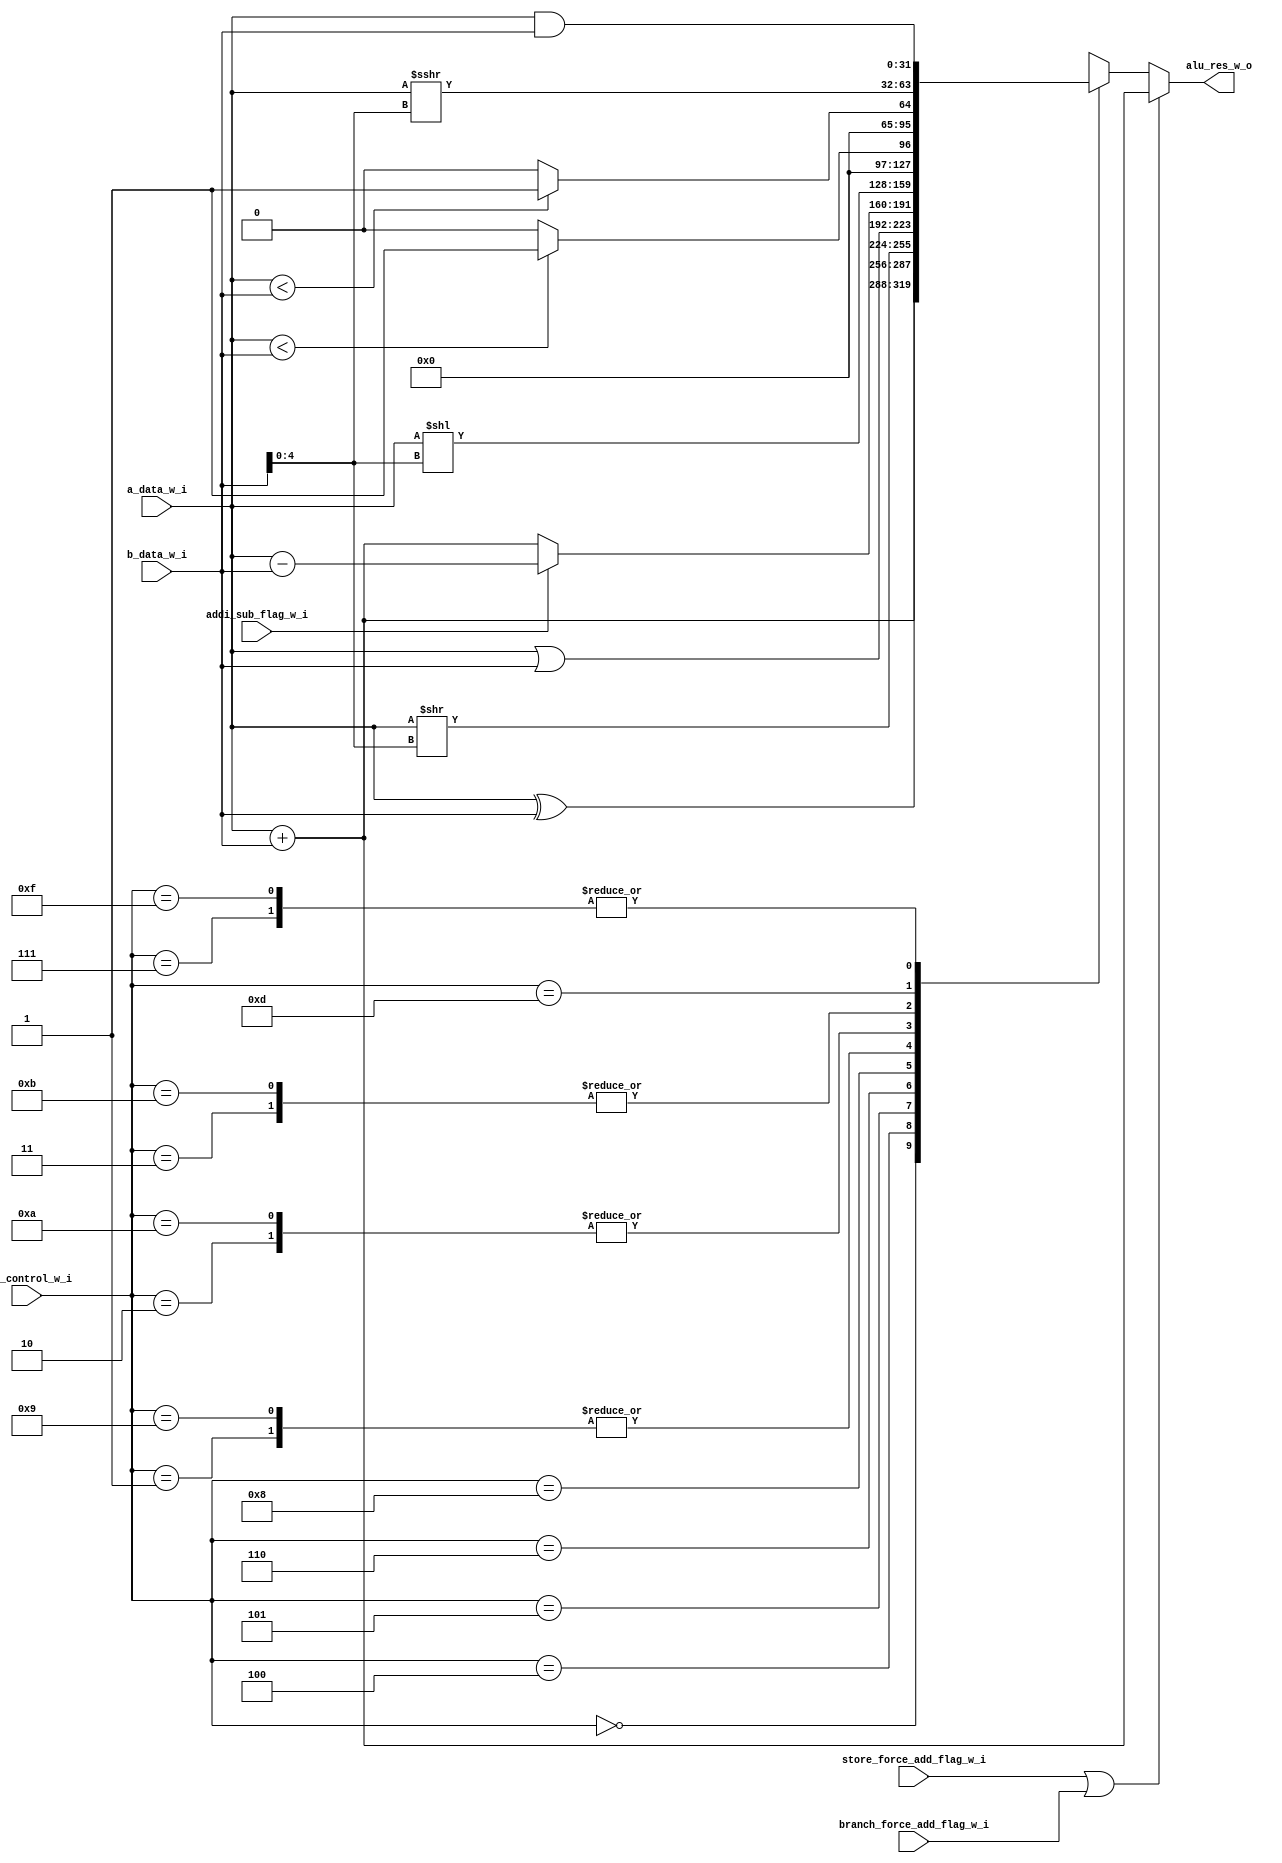
//                              -*- Mode: Verilog -*-
// Description     : alu unit for the RV32 ISA
// Last Modified By: Patrick
// Update Count    : 0
// Status          : Unknown, Use with caution!



//-----------------------------------------------------------------------------
// Module Declaration
//-----------------------------------------------------------------------------
module alu (/*AUTOARG*/
   // Outputs
   alu_res_w_o,
   // Inputs
   a_data_w_i, b_data_w_i, alu_control_w_i, addi_sub_flag_w_i,
   store_force_add_flag_w_i, branch_force_add_flag_w_i
   ) ;

   //-----------------------------------------------------------------------------
   // Inputs
   //-----------------------------------------------------------------------------
   input wire [31:0] a_data_w_i;
   input wire [31:0] b_data_w_i;
   input wire [3:0]  alu_control_w_i;
   input wire        addi_sub_flag_w_i;
   input wire        store_force_add_flag_w_i;
   input wire        branch_force_add_flag_w_i;

   //-----------------------------------------------------------------------------
   // Outputs
   //-----------------------------------------------------------------------------
   output wire [31:0] alu_res_w_o;

   //-----------------------------------------------------------------------------
   // Parameters
   //-----------------------------------------------------------------------------

   //-----------------------------------------------------------------------------
   // Internal Registers and Wires
   //-----------------------------------------------------------------------------
   reg [31:0] alu_res_r;

   //-----------------------------------------------------------------------------
   // Instantiations
   //-----------------------------------------------------------------------------

   //-----------------------------------------------------------------------------
   // RTL
   //-----------------------------------------------------------------------------
   always @ (*) begin
      if (store_force_add_flag_w_i | branch_force_add_flag_w_i) begin
         alu_res_r = a_data_w_i + b_data_w_i; // Force Add for Store Byte ADD;
      end else begin
         case (alu_control_w_i)
            4'b0000: alu_res_r = a_data_w_i + b_data_w_i; // ADD;
            4'b0001: alu_res_r = a_data_w_i << b_data_w_i[4:0]; // SLL;
            4'b0010: alu_res_r = ($signed(a_data_w_i) < $signed(b_data_w_i)) ? 1 : 0; // SLT
            4'b0011: alu_res_r = (a_data_w_i < b_data_w_i) ? 1 : 0; // SLTU;
            4'b0100: alu_res_r = a_data_w_i ^ b_data_w_i; // XOR;
            4'b0101: alu_res_r = a_data_w_i >> b_data_w_i[4:0]; // SRL;
            4'b0110: alu_res_r = a_data_w_i | b_data_w_i; // OR;
            4'b0111: alu_res_r = a_data_w_i & b_data_w_i; // AND;
            4'b1000: begin
               if (addi_sub_flag_w_i) begin
                  alu_res_r = a_data_w_i - b_data_w_i; // SUB;
               end else begin
                  alu_res_r = a_data_w_i + b_data_w_i; // ADDI - Special Case;
               end
            end
            4'b1001: alu_res_r = a_data_w_i << b_data_w_i[4:0]; // SLL - IVERILOG NO ? Support;
            4'b1010: alu_res_r = ($signed(a_data_w_i) < $signed(b_data_w_i)) ? 1 : 0; // SLT - IVERILOG NO ? Support
            4'b1011: alu_res_r = (a_data_w_i < b_data_w_i) ? 1 : 0; // SLTU - IVERILOG NO ? Support
            4'b1101: alu_res_r = $signed(a_data_w_i) >>> b_data_w_i[4:0]; // SRA;
            4'b1111: alu_res_r = a_data_w_i & b_data_w_i; // AND - IVERILOG NO ? Support
            default: alu_res_r = 32'hXXXXXXXX; // Error if it enters
         endcase

      end
   end

   //-----------------------------------------------------------------------------
   // Assigns
   //-----------------------------------------------------------------------------
   assign alu_res_w_o = alu_res_r;

endmodule // alu